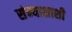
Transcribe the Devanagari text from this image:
संन्याशाशी